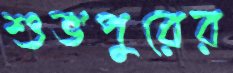
শুভপুরের